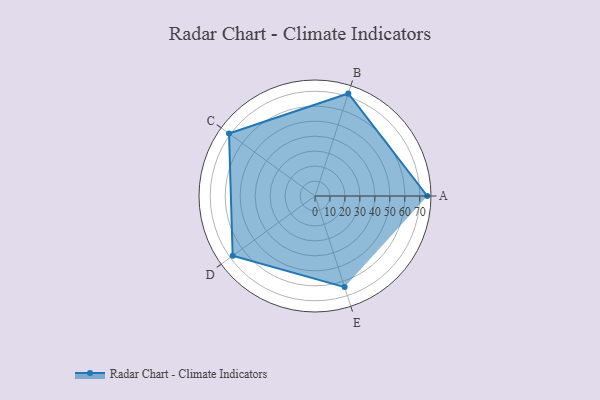
{"axis": {"x": "Skill", "y": "Score"}, "legend": ["Profile"], "data": [{"x": "A", "y": 75.0, "type": "Profile"}, {"x": "B", "y": 72.0, "type": "Profile"}, {"x": "C", "y": 71.0, "type": "Profile"}, {"x": "D", "y": 68.0, "type": "Profile"}, {"x": "E", "y": 64.0, "type": "Profile"}]}